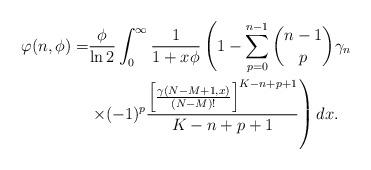
LaTeX: \begin{align*}\varphi(n,\phi) =&\frac{\phi}{\ln 2}\int^{\infty}_{0} \frac{1}{1+x\phi}\left(1-\sum^{n-1}_{p=0}{n-1 \choose p}\gamma_n\right.\\ &\left. \times (-1)^p \frac{\left[\frac{\gamma(N-M+1,x)}{(N-M)!} \right]^{K-n+p+1}}{K-n+p+1}\right) dx.\end{align*}